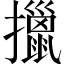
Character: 擸